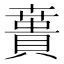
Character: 𰷌